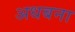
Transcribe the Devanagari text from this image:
अधबना